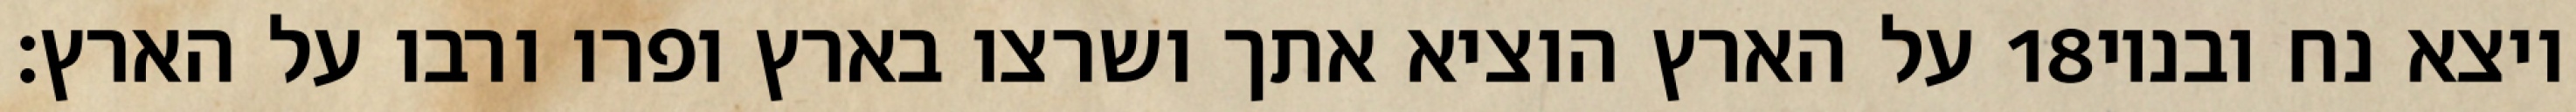
על הארץ הוציא אתך ושרצו בארץ ופרו ורבו על הארץ׃ ‎18‏ ויצא נח ובניו